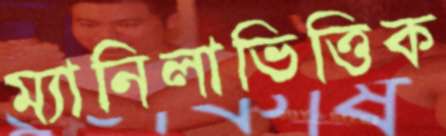
ম্যানিলাভিত্তিক